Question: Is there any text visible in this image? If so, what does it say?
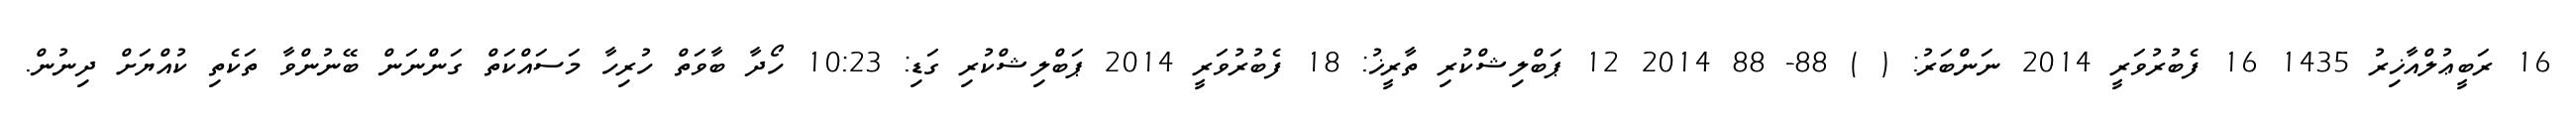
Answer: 16 ރަބީޢުލްއާޚިރު 1435 16 ފެބުރުވަރީ 2014 ނަންބަރު: ( ) 88- 88 2014 12 ޕަބްލިޝްކުރި ތާރީޚު: 18 ފެބުރުވަރީ 2014 ޕަބްލިޝްކުރި ގަޑި: 10:23 ހޯދާ ބާވަތް ހުރިހާ މަސައްކަތް ގަންނަން ބޭނުންވާ ތަކެތި ކުއްޔަށް ދިނުން.